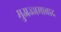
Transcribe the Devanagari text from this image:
मुअज्जमाबाद